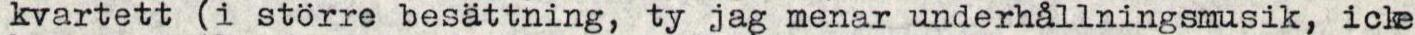
kvartett (i större besättning, ty jag menar underhållningsmusik, icke